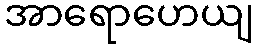
အာရောဟေယျ